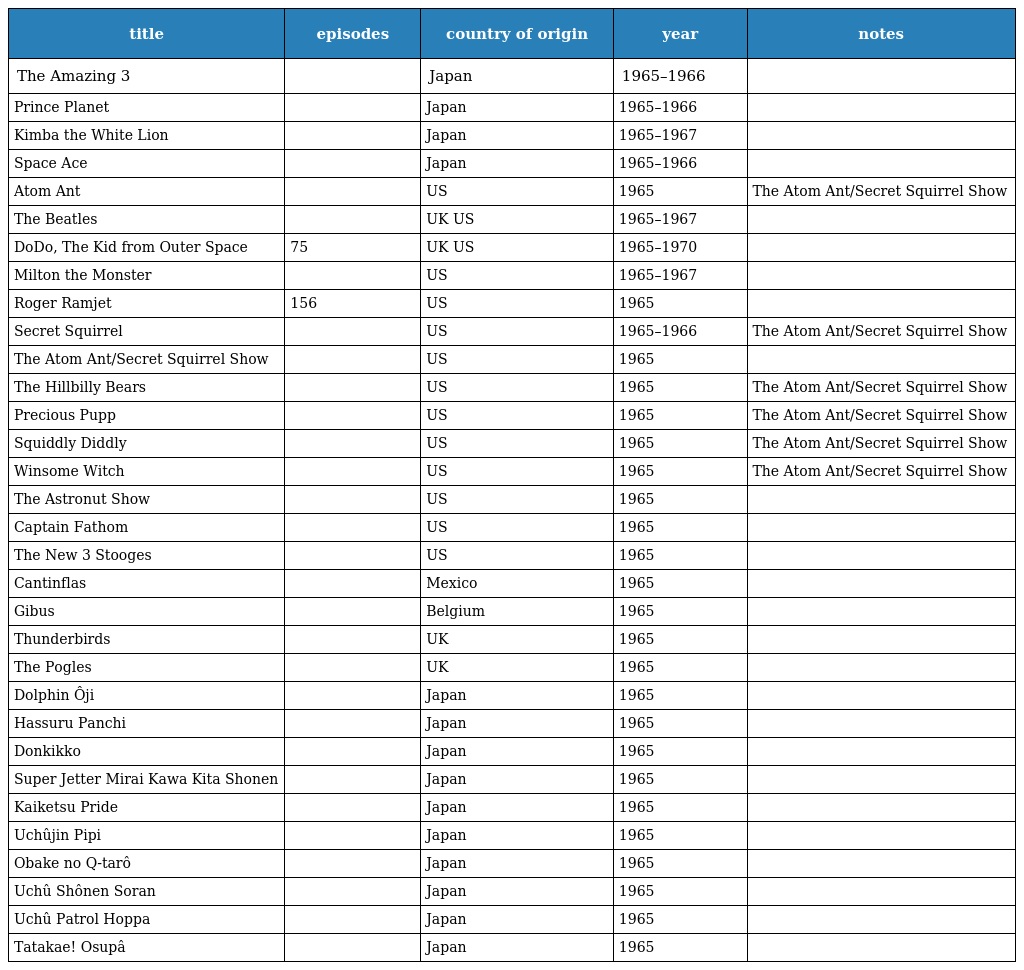
| title | episodes | country of origin | year | notes |
 | --- | --- | --- | --- | --- |
 | The Amazing 3 |  | Japan | 1965–1966 |  |
 | Prince Planet |  | Japan | 1965–1966 |  |
 | Kimba the White Lion |  | Japan | 1965–1967 |  |
 | Space Ace |  | Japan | 1965–1966 |  |
 | Atom Ant |  | US | 1965 | The Atom Ant/Secret Squirrel Show |
 | The Beatles |  | UK US | 1965–1967 |  |
 | DoDo, The Kid from Outer Space | 75 | UK US | 1965–1970 |  |
 | Milton the Monster |  | US | 1965–1967 |  |
 | Roger Ramjet | 156 | US | 1965 |  |
 | Secret Squirrel |  | US | 1965–1966 | The Atom Ant/Secret Squirrel Show |
 | The Atom Ant/Secret Squirrel Show |  | US | 1965 |  |
 | The Hillbilly Bears |  | US | 1965 | The Atom Ant/Secret Squirrel Show |
 | Precious Pupp |  | US | 1965 | The Atom Ant/Secret Squirrel Show |
 | Squiddly Diddly |  | US | 1965 | The Atom Ant/Secret Squirrel Show |
 | Winsome Witch |  | US | 1965 | The Atom Ant/Secret Squirrel Show |
 | The Astronut Show |  | US | 1965 |  |
 | Captain Fathom |  | US | 1965 |  |
 | The New 3 Stooges |  | US | 1965 |  |
 | Cantinflas |  | Mexico | 1965 |  |
 | Gibus |  | Belgium | 1965 |  |
 | Thunderbirds |  | UK | 1965 |  |
 | The Pogles |  | UK | 1965 |  |
 | Dolphin Ôji |  | Japan | 1965 |  |
 | Hassuru Panchi |  | Japan | 1965 |  |
 | Donkikko |  | Japan | 1965 |  |
 | Super Jetter Mirai Kawa Kita Shonen |  | Japan | 1965 |  |
 | Kaiketsu Pride |  | Japan | 1965 |  |
 | Uchûjin Pipi |  | Japan | 1965 |  |
 | Obake no Q-tarô |  | Japan | 1965 |  |
 | Uchû Shônen Soran |  | Japan | 1965 |  |
 | Uchû Patrol Hoppa |  | Japan | 1965 |  |
 | Tatakae! Osupâ |  | Japan | 1965 |  |